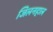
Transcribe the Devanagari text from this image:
जिलनहाल